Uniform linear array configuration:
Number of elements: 48
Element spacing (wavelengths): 0.25
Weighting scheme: blackman
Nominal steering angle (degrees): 30
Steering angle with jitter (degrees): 28.697
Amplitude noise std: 0.05
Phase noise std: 0.05

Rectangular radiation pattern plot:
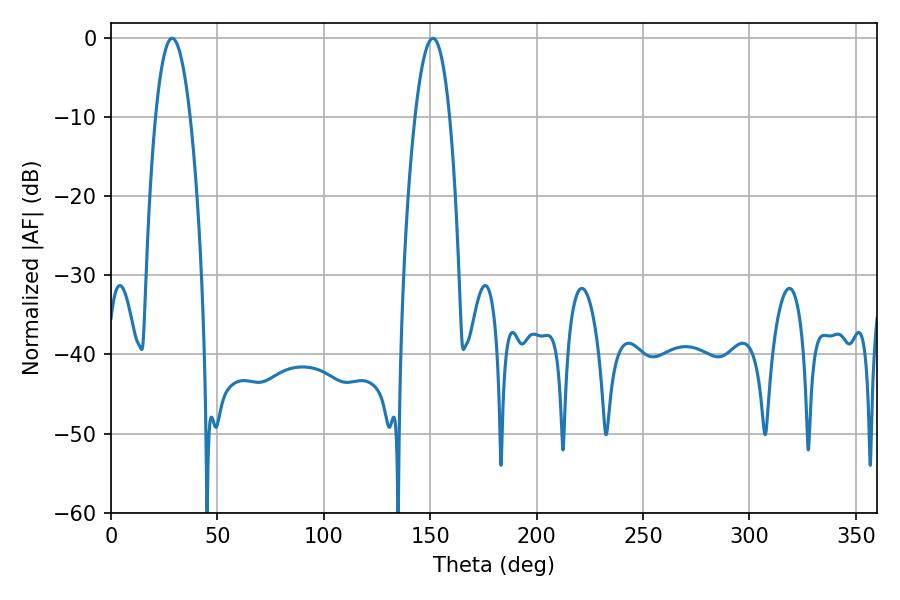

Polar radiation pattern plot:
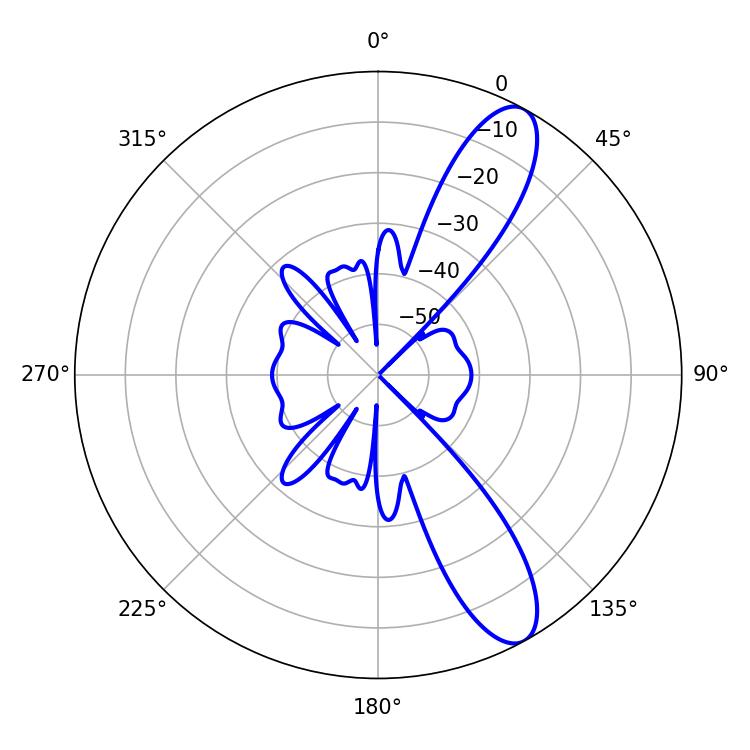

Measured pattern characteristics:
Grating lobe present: FALSE
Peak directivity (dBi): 10.917
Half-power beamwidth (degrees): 9
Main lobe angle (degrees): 28.8